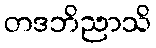
တဒဘိညာသိ